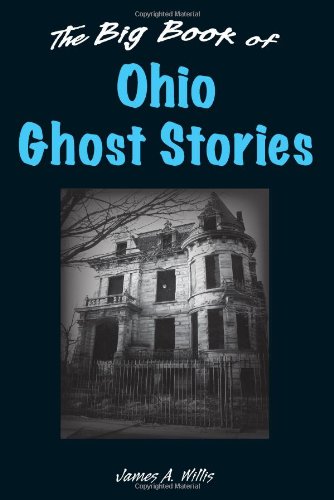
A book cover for Big Book of Ohio Ghost Stories, The (Big Book of Ghost Stories); James A. Willis; Religion & Spirituality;